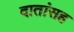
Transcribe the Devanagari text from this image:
दातांसह